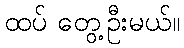
ထပ် တွေ့ဦးမယ်။